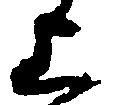
上